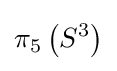
\pi _{5}\left(S^{3}\right)